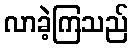
လာခဲ့ကြသည်